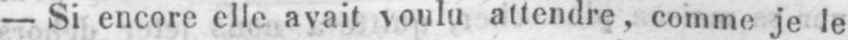
- Si encore elle avait voulu attendre, comme je le